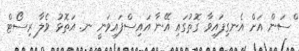
ްސަން އަށް އެނގިފައިވާ ގޮތުގައި އޭނާ އައިސްފައިވަނީ ނ. އަތޮޅު ވެލާ ރިސޯޓް